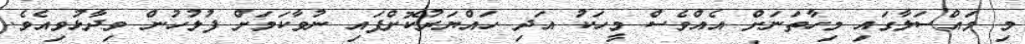
މި މައްސަލާގައި މިހާތަނަށް އެއްވެސް މީހަކު އަދި ހައްޔަރުކޮށްފައި ނުވާކަމަށް ފުލުހުން ވިދާޅުވިއެވެ.